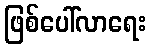
ဖြစ်ပေါ်လာရေး